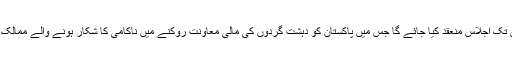
خیال رہے کہ ایف اے ٹی ایف کا پیرس میں 18 فروری سے 23 فروری تک اجلاس منعقد کیا جائے گا جس میں پاکستان کو دہشت گردوں کی مالی معاونت روکنے میں ناکامی کا شکار ہونے والے ممالک کی فہرست میں شامل کرنے کی امریکی قراردار بھی زیر غور آئے گی۔